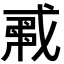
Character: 𢧟